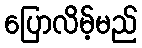
ပြောလိမ့်မည်